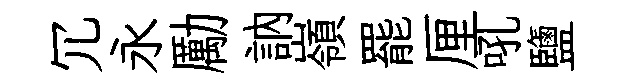
冗永勵訥嶺罷厘吼鹽